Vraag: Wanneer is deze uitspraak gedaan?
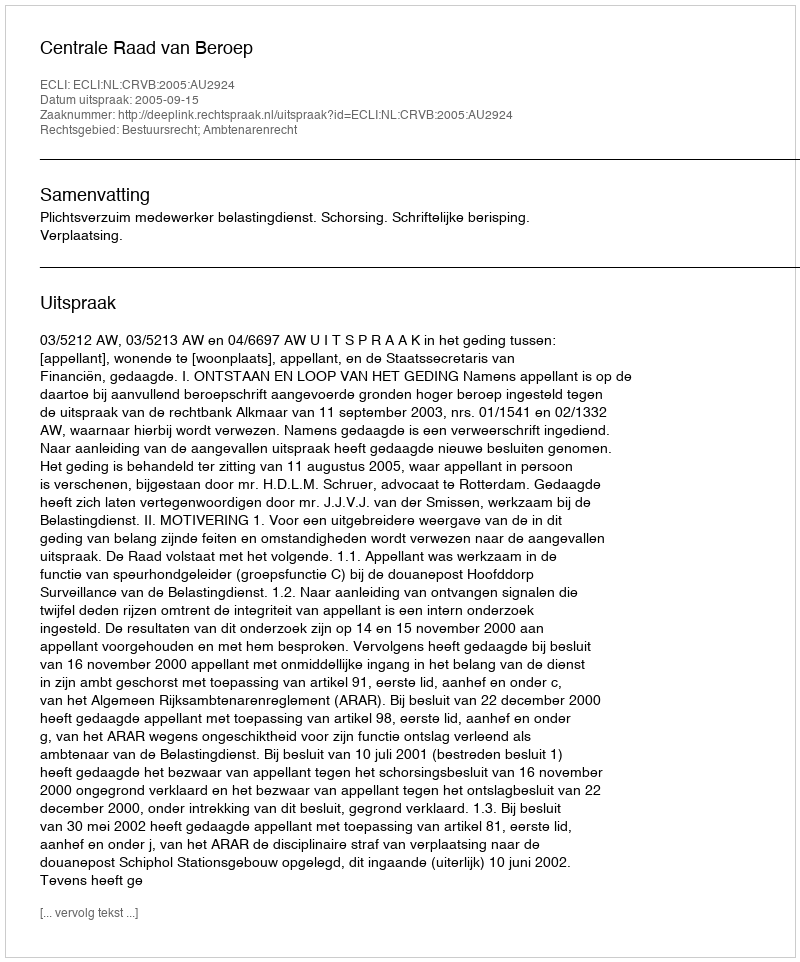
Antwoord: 2005-09-15